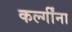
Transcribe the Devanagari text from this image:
कर्ल्गींना